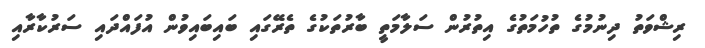
ރިޝްވަތު ދިނުމުގެ ތުހުމަތުގެ އިތުރުން ސަލާމަތީ ބާރުތަކުގެ ތެރޭގައި ބައިބައިވުން އުފައްދައި ސަރުކާރާއި